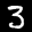
Label: 3